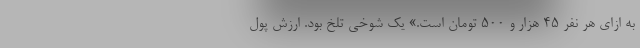
به ازای هر نفر ۴۵ هزار و ۵۰۰ تومان است.» یک شوخی تلخ بود. ارزش پول